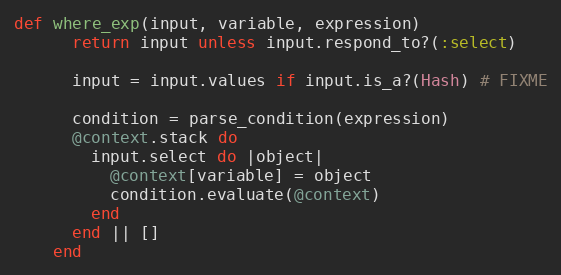
Language: Ruby
def where_exp(input, variable, expression)
      return input unless input.respond_to?(:select)

      input = input.values if input.is_a?(Hash) # FIXME

      condition = parse_condition(expression)
      @context.stack do
        input.select do |object|
          @context[variable] = object
          condition.evaluate(@context)
        end
      end || []
    end